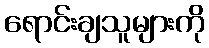
ရောင်းချသူများကို